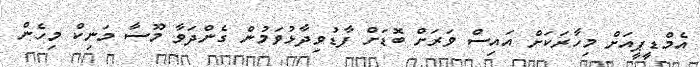
އެމްޑީޕީއަށް މިހާރަކަށް އައިސް ވަރަށް ބޮޑަށް ފާޑުވިދާޅުވަމުން ގެންދަވާ މޫސާ މަނިކް މިހެން